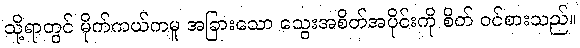
သို့ရာတွင် မိုက်ကယ်ကမူ အခြားသော သွေးအစိတ်အပိုင်းကို စိတ် ဝင်စားသည်။